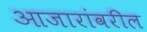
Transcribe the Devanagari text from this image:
आजारांवरील